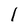
Character: I